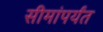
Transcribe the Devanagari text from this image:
सीमांपर्यंत